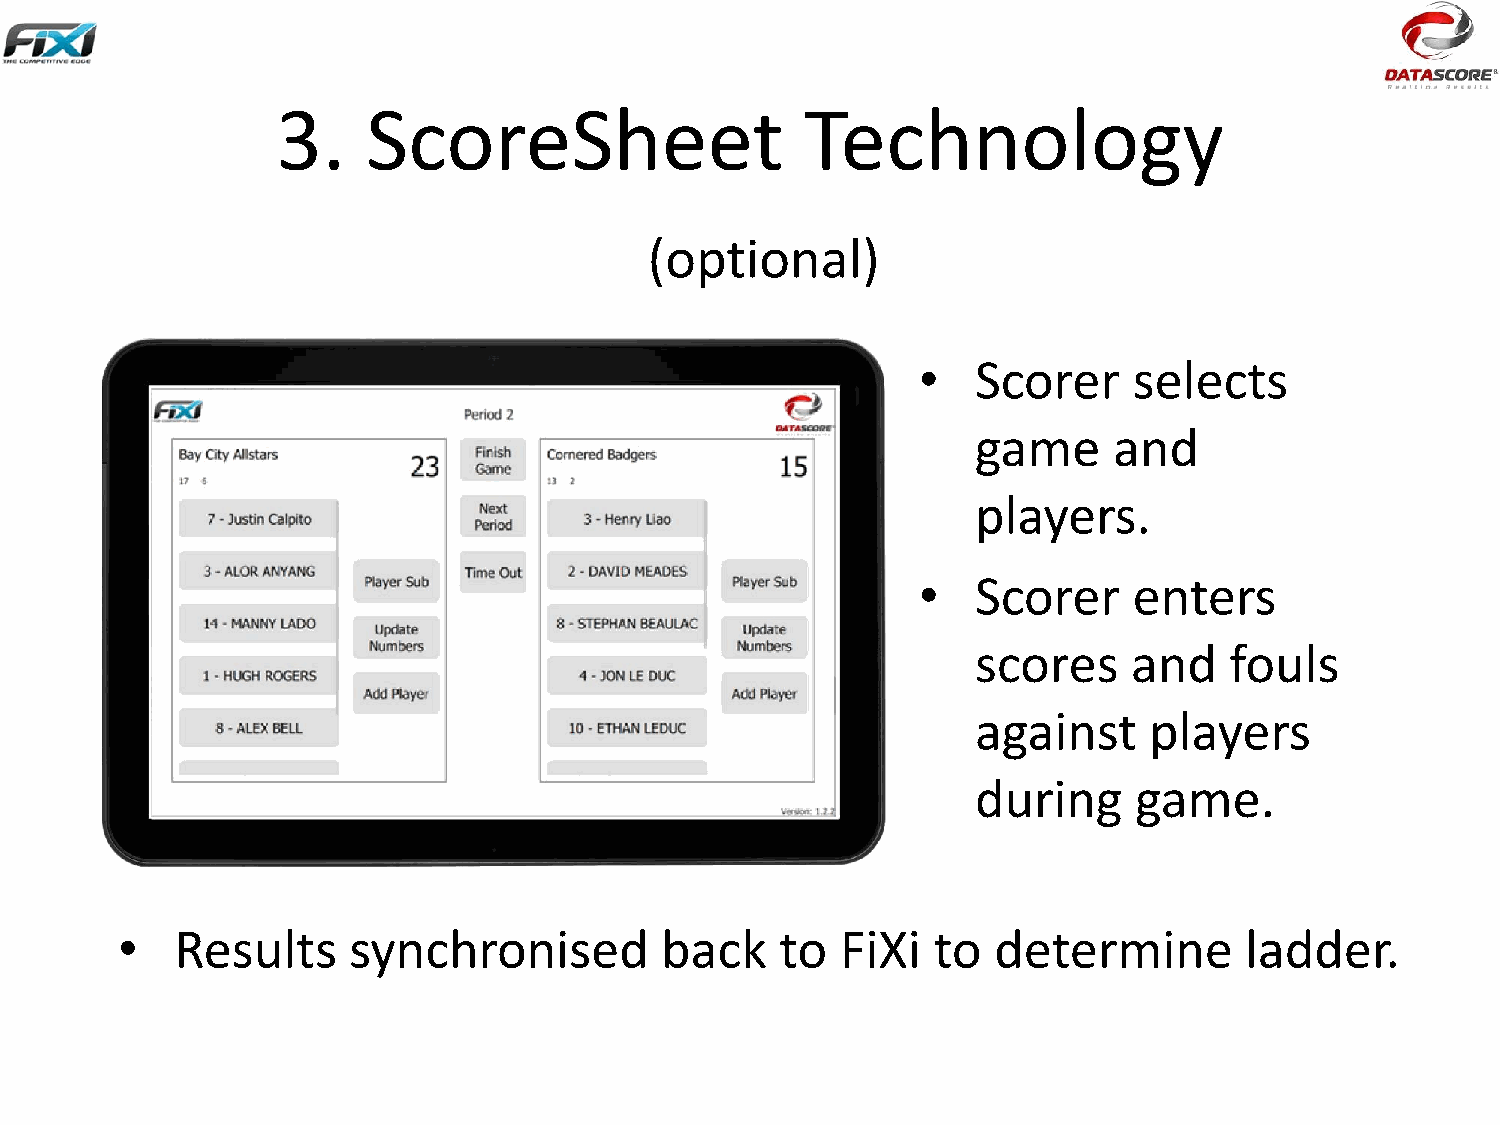
3.    ScoreSheet                   Technology
 (optional)
 •   Scorer    selects
 game     and
 players.
 •   Scorer    enters
 scores    and   fouls
 against    players
 during    game.
 •   Results    synchronised         back    to  FiXi  to  determine       ladder.